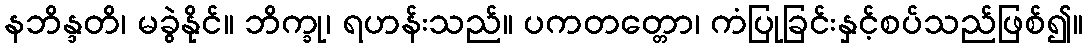
နဘိန္ဒတိ၊ မခွဲနိုင်။ ဘိက္ခု၊ ရဟန်းသည်။ ပကတတ္တော၊ ကံပြုခြင်းနှင့်စပ်သည်ဖြစ်၍။